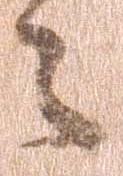
々